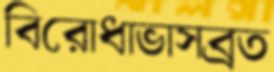
বিরোধাভাসব্রত